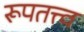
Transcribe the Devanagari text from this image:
रूपतत्त्व